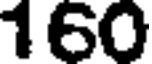
160